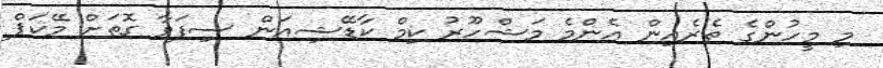
މި މީހުންގެ ތެރެއިން އެންމެ މަޝްހޫރު ކިމް ކާޑޭޝިއަން ސިފަވާ ގޮތަށް މޭކަޕް